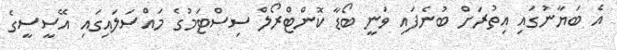
އެ ބަޔާނުގައި އިތުރަށް ބުނެފައި ވަނީ ބޯޑާ ކޮންޓްރޯލް ސިސްޓަމުގެ މައްސަލައިގައި އޭސީސީގެ